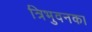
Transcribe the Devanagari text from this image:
त्रिभुवनका